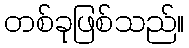
တစ်ခုဖြစ်သည်။